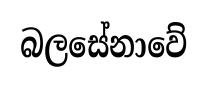
බලසේනාවේ